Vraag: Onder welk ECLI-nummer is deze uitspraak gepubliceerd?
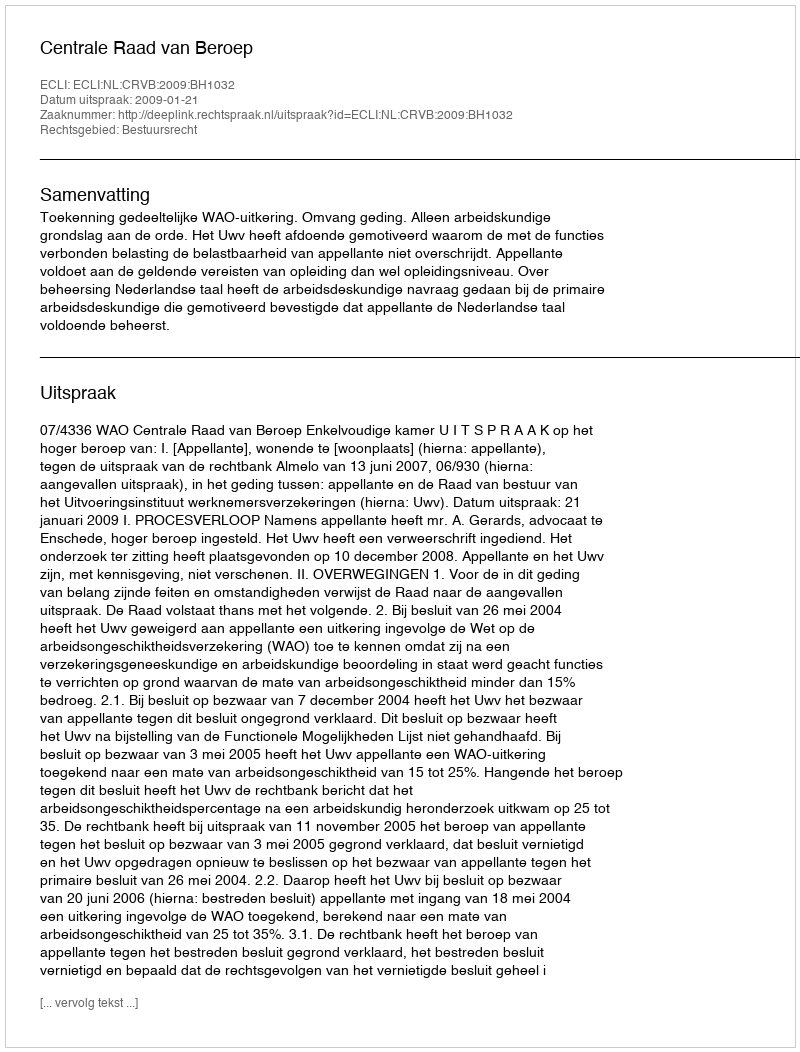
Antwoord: ECLI:NL:CRVB:2009:BH1032